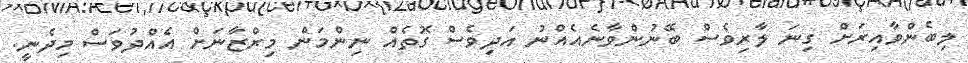
ލިބެންވާއިރަށް ގިނަ ލާރިވެސް ބޭނުންވާނެއެއްނު އަދިވެސް ގޮތެއް ނިންމަން މިރްޒާނަށް އެއްދުވަސް މިދެނީ.